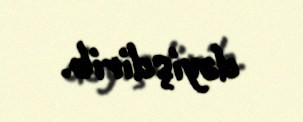
dəyişdirib.